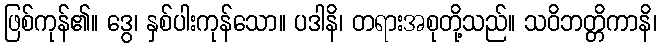
ဖြစ်ကုန်၏။ ဒွေ၊ နှစ်ပါးကုန်သော။ ပဒါနိ၊ တရားအစုတို့သည်။ သဝိဘတ္တိကာနိ၊